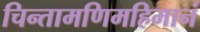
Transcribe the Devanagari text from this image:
चिन्तामणिमहिमानं